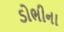
ડોભીના